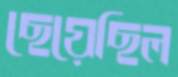
ছেয়েছিল